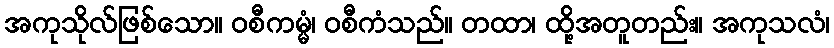
အကုသိုလ်ဖြစ်သော။ ဝစီကမ္မံ၊ ဝစီကံသည်။ တထာ၊ ထို့အတူတည်း။ အကုသလံ၊